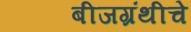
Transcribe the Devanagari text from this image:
बीजग्रंथीचे